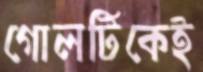
গোলটিকেই